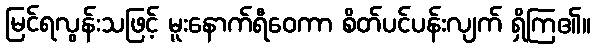
မြင်ရလွန်းသဖြင့် မူးနောက်ရီဝေကာ စိတ်ပင်ပန်းလျက် ရှိကြ၏။